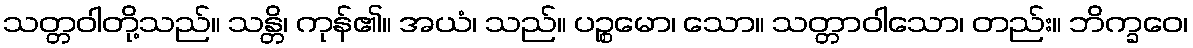
သတ္တဝါတို့သည်။ သန္တိ၊ ကုန်၏။ အယံ၊ သည်။ ပဉ္စမော၊ သော။ သတ္တာဝါသော၊ တည်း။ ဘိက္ခဝေ၊